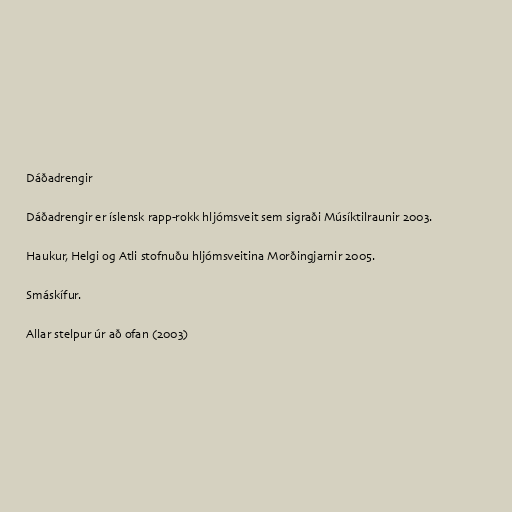
Dáðadrengir

Dáðadrengir er íslensk rapp-rokk hljómsveit sem sigraði Músíktilraunir 2003.

Haukur, Helgi og Atli stofnuðu hljómsveitina Morðingjarnir 2005.

Smáskífur.

Allar stelpur úr að ofan (2003)